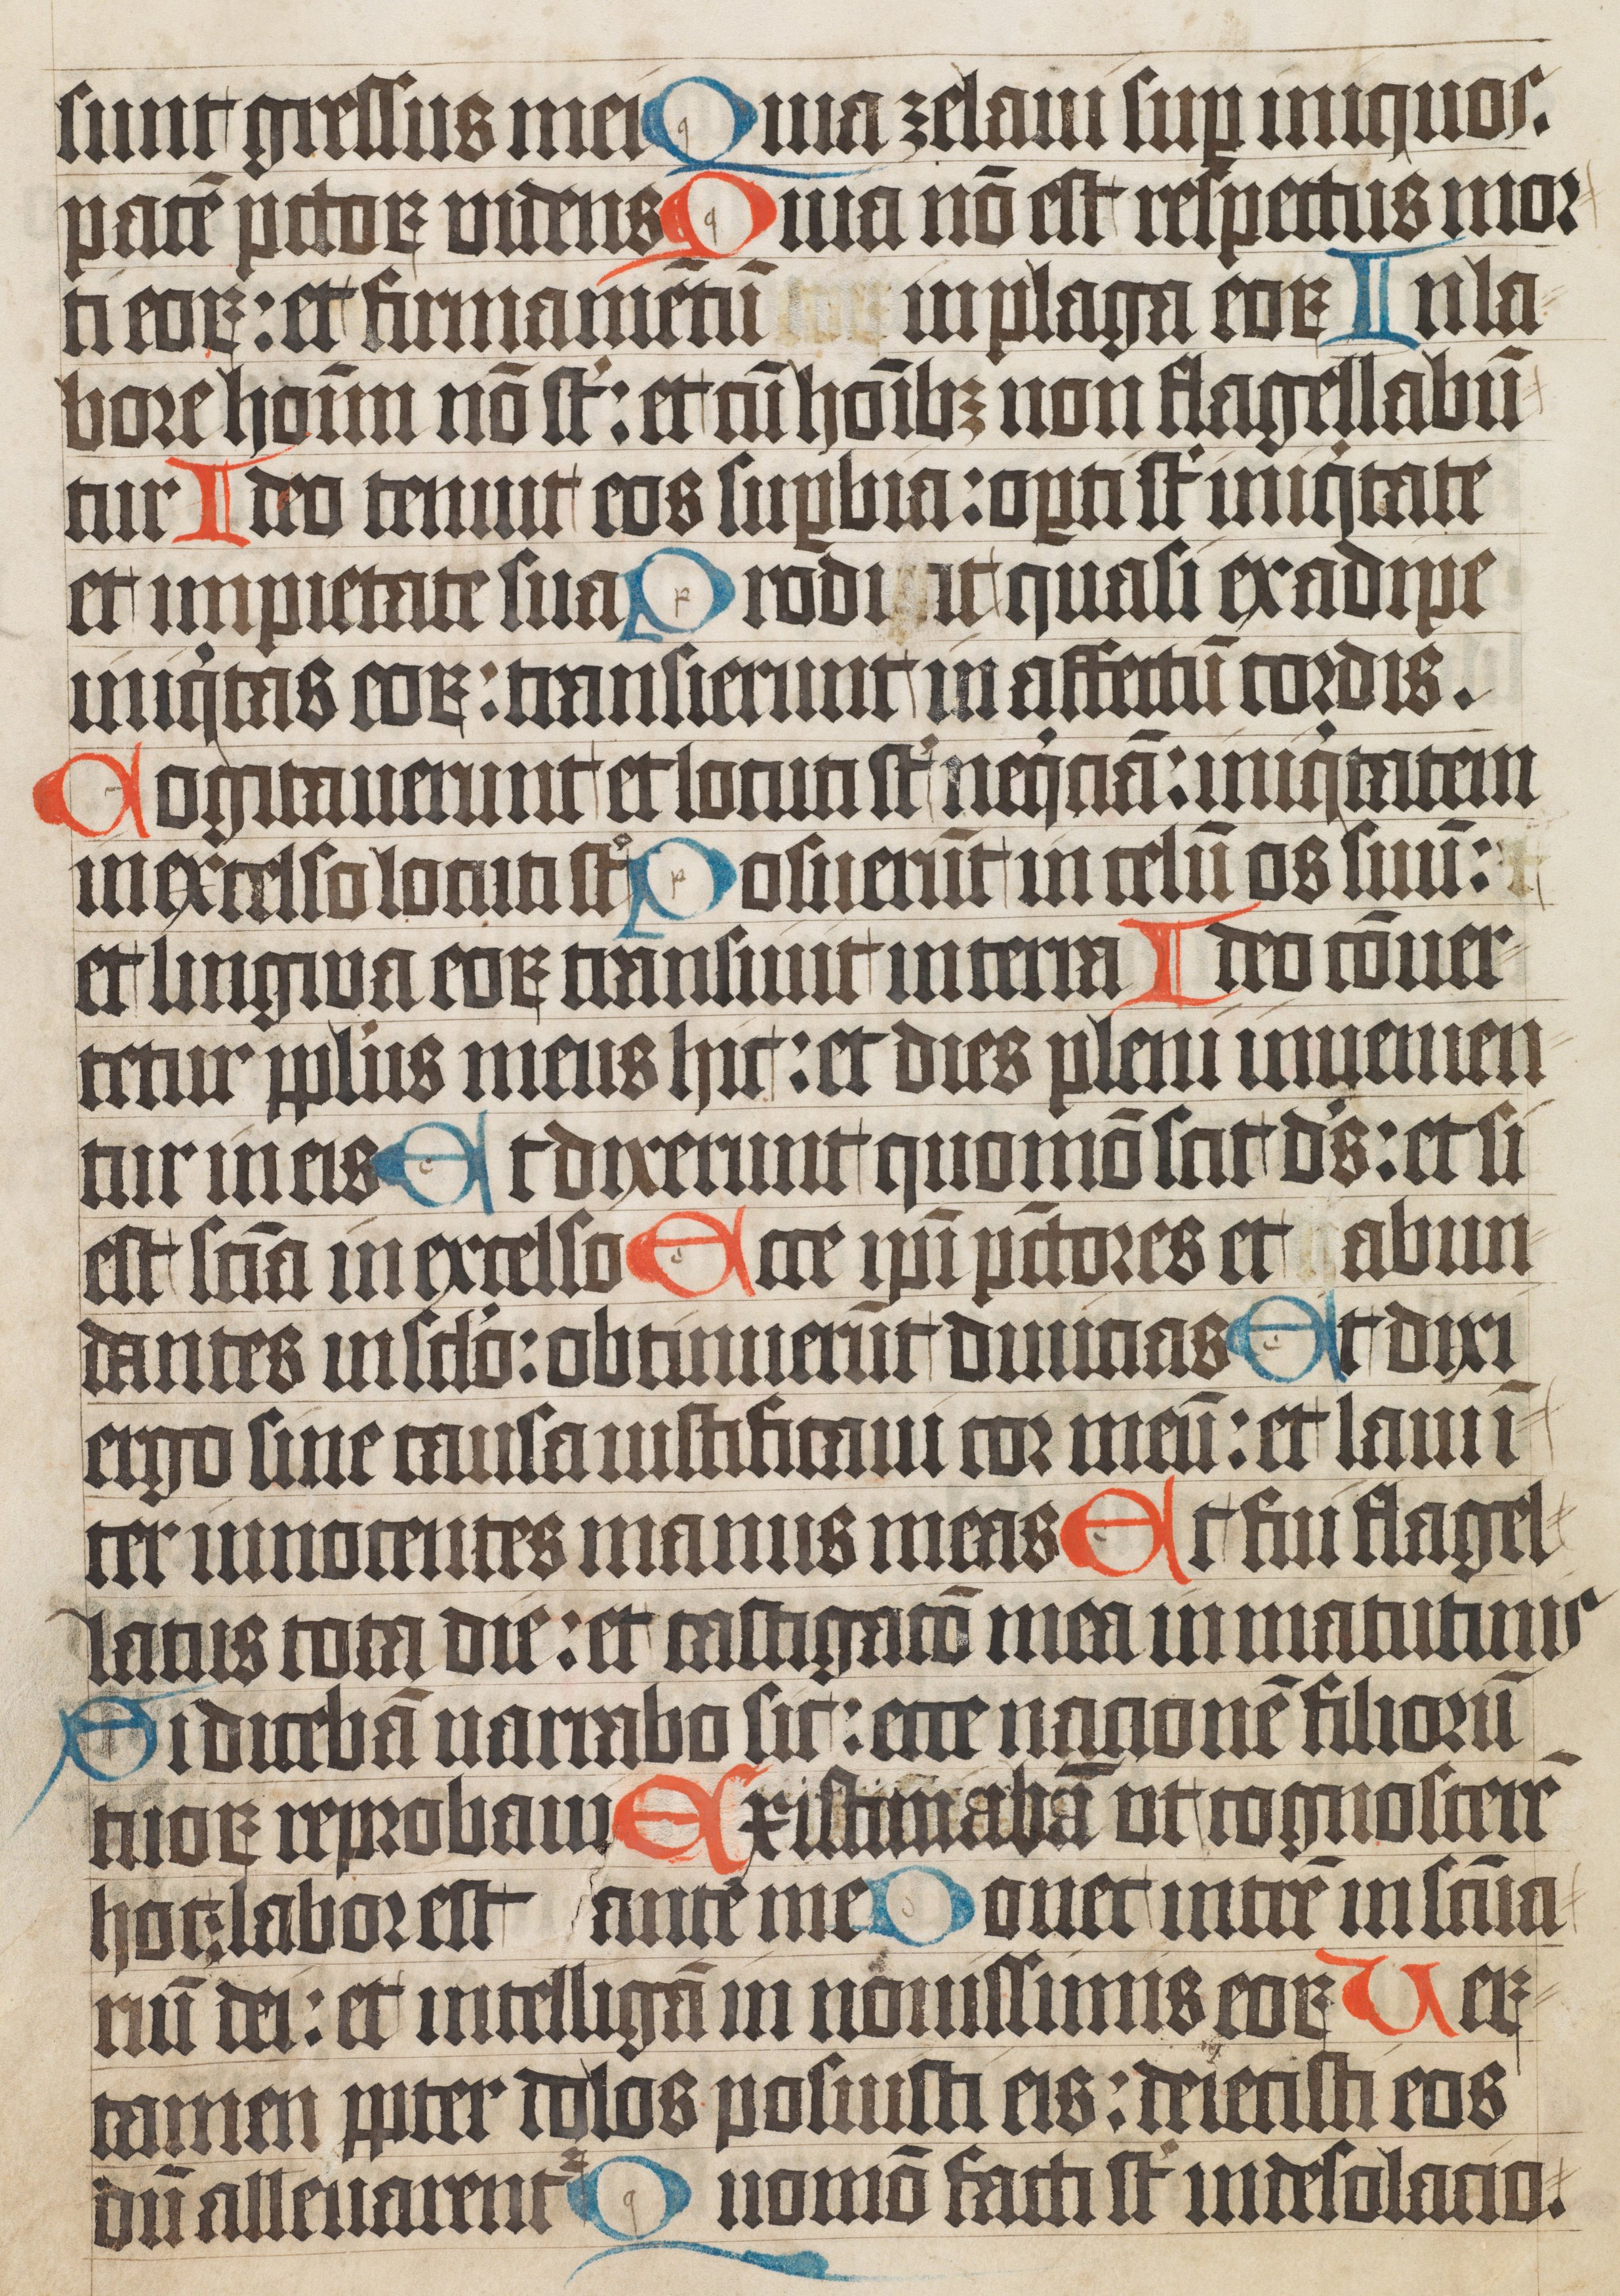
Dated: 1400–1499